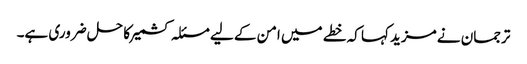
ترجمان نے مزید کہا کہ خطے میں امن کے لیے مسئلہ کشمیر کا حل ضروری ہے۔